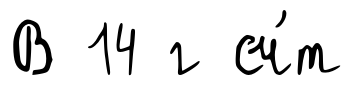
В 14 г сч́т